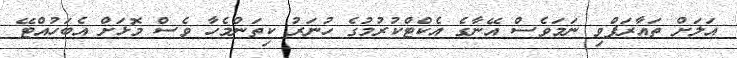
އަލަށް ތައާރަފްވި ނަމަވެސް އޭނާގެ އެކްޓްކުރުމުގެ ހުނަރު ކިތަންމެހާ ވެސް މޮޅަށް އެބަހުއްޓޭ